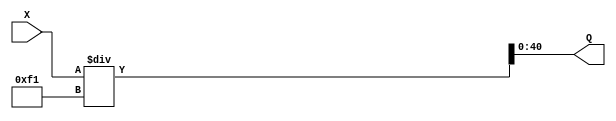
module division_standard( X, Q);//;, R);

input  [48:1] X;
output [41:1] Q; 
//output [8:1] R;

assign Q = X / 241;

//assign R = X % 241;

endmodule